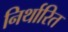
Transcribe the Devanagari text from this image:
निर्थारित